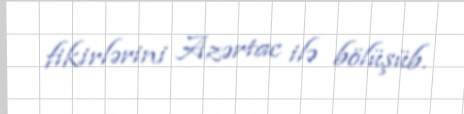
fikirlərini Azərtac ilə bölüşüb.